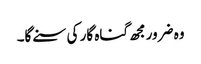
وہ ضرورمجھ گناہ گار کی سنے گا۔